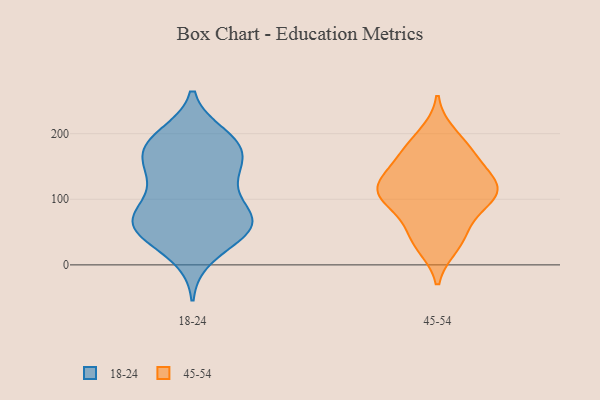
{"axis": {"x": "Backlog", "y": "Value"}, "legend": ["18-24", "45-54"], "data": [{"x": "", "y": 138, "type": "18-24"}, {"x": "", "y": 69, "type": "18-24"}, {"x": "", "y": 119, "type": "18-24"}, {"x": "", "y": 41, "type": "18-24"}, {"x": "", "y": 67, "type": "18-24"}, {"x": "", "y": 57, "type": "18-24"}, {"x": "", "y": 189, "type": "18-24"}, {"x": "", "y": 14, "type": "18-24"}, {"x": "", "y": 80, "type": "18-24"}, {"x": "", "y": 72, "type": "18-24"}, {"x": "", "y": 130, "type": "18-24"}, {"x": "", "y": 60, "type": "18-24"}, {"x": "", "y": 49, "type": "18-24"}, {"x": "", "y": 71, "type": "18-24"}, {"x": "", "y": 167, "type": "18-24"}, {"x": "", "y": 181, "type": "18-24"}, {"x": "", "y": 149, "type": "18-24"}, {"x": "", "y": 196, "type": "18-24"}, {"x": "", "y": 182, "type": "18-24"}, {"x": "", "y": 180, "type": "18-24"}, {"x": "", "y": 73, "type": "45-54"}, {"x": "", "y": 49, "type": "45-54"}, {"x": "", "y": 164, "type": "45-54"}, {"x": "", "y": 104, "type": "45-54"}, {"x": "", "y": 30, "type": "45-54"}, {"x": "", "y": 113, "type": "45-54"}, {"x": "", "y": 198, "type": "45-54"}, {"x": "", "y": 109, "type": "45-54"}, {"x": "", "y": 164, "type": "45-54"}, {"x": "", "y": 116, "type": "45-54"}, {"x": "", "y": 123, "type": "45-54"}, {"x": "", "y": 36, "type": "45-54"}, {"x": "", "y": 111, "type": "45-54"}, {"x": "", "y": 106, "type": "45-54"}, {"x": "", "y": 181, "type": "45-54"}, {"x": "", "y": 145, "type": "45-54"}]}